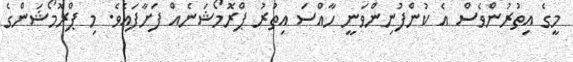
މީގެ އިތުރުންވެސް އެ ކުންފުނިންވަނީ ހާއްސަ އިތުރު ޕްރޮމޯޝަނެއް ފަށާފައެވެ. މި ޕްރޮމޯޝަންގެ